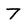
Character: 7